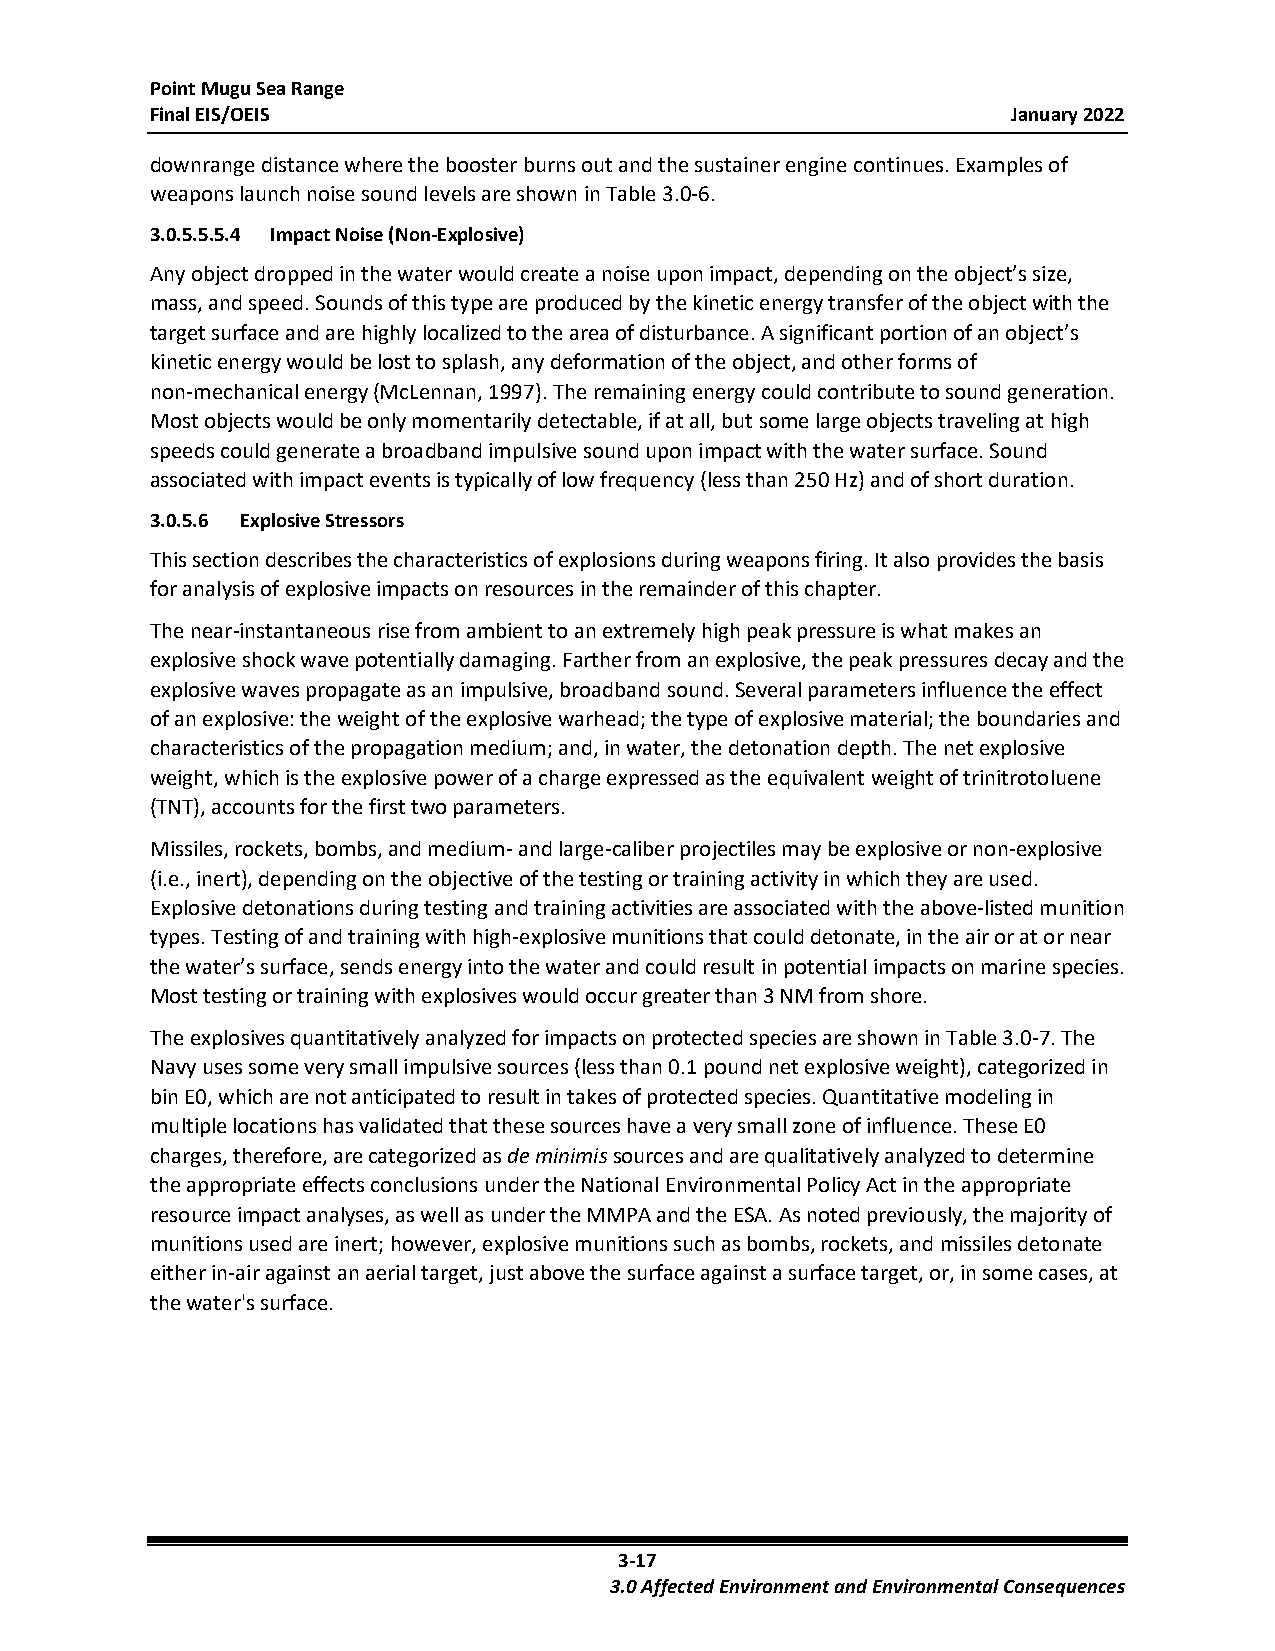
Point Mugu Sea Range
 Final EIS/OEIS                                           January 2022
 downrange distance where the booster burns out and the sustainer engine continues. Examples of
 weapons launch noise sound levels are shown in Table 3.0-6.
 3.0.5.5.5.4 Impact Noise (Non-Explosive)
 Any object dropped in the water would create a noise upon impact, depending on the object’s size,
 mass, and speed. Sounds of this type are produced by the kinetic energy transfer of the object with the
 target surface and are highly localized to the area of disturbance. A significant portion of an object’s
 kinetic energy would be lost to splash, any deformation of the object, and other forms of
 non-mechanical energy (McLennan, 1997). The remaining energy could contribute to sound generation.
 Most objects would be only momentarily detectable, if at all, but some large objects traveling at high
 speeds could generate a broadband impulsive sound upon impact with the water surface. Sound
 associated with impact events is typically of low frequency (less than 250 Hz) and of short duration.
 3.0.5.6 Explosive Stressors
 This section describes the characteristics of explosions during weapons firing. It also provides the basis
 for analysis of explosive impacts on resources in the remainder of this chapter.
 The near-instantaneous rise from ambient to an extremely high peak pressure is what makes an
 explosive shock wave potentially damaging. Farther from an explosive, the peak pressures decay and the
 explosive waves propagate as an impulsive, broadband sound. Several parameters influence the effect
 of an explosive: the weight of the explosive warhead; the type of explosive material; the boundaries and
 characteristics of the propagation medium; and, in water, the detonation depth. The net explosive
 weight, which is the explosive power of a charge expressed as the equivalent weight of trinitrotoluene
 (TNT), accounts for the first two parameters.
 Missiles, rockets, bombs, and medium- and large-caliber projectiles may be explosive or non-explosive
 (i.e., inert), depending on the objective of the testing or training activity in which they are used.
 Explosive detonations during testing and training activities are associated with the above-listed munition
 types. Testing of and training with high-explosive munitions that could detonate, in the air or at or near
 the water’s surface, sends energy into the water and could result in potential impacts on marine species.
 Most testing or training with explosives would occur greater than 3 NM from shore.
 The explosives quantitatively analyzed for impacts on protected species are shown in Table 3.0-7. The
 Navy uses some very small impulsive sources (less than 0.1 pound net explosive weight), categorized in
 bin E0, which are not anticipated to result in takes of protected species. Quantitative modeling in
 multiple locations has validated that these sources have a very small zone of influence. These E0
 charges, therefore, are categorized as de minimis sources and are qualitatively analyzed to determine
 the appropriate effects conclusions under the National Environmental Policy Act in the appropriate
 resource impact analyses, as well as under the MMPA and the ESA. As noted previously, the majority of
 munitions used are inert; however, explosive munitions such as bombs, rockets, and missiles detonate
 either in-air against an aerial target, just above the surface against a surface target, or, in some cases, at
 the water's surface.
 3-17
 3.0 Affected Environment and Environmental Consequences